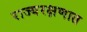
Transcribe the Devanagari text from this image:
राज्यरक्षणात